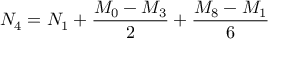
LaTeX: N _ { 4 } = N _ { 1 } + { \frac { M _ { 0 } - M _ { 3 } } { 2 } } + { \frac { M _ { 8 } - M _ { 1 } } { 6 } }